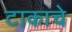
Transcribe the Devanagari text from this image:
टाकाचे